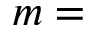
m =